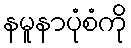
နမူနာပုံစံကို